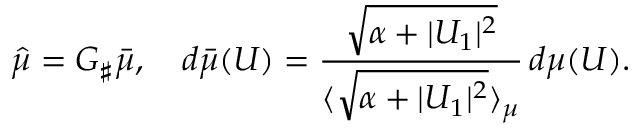
\hat { \mu } = G _ { \sharp } \bar { \mu } , \quad d \bar { \mu } ( U ) = \frac { \sqrt { \alpha + | U _ { 1 } | ^ { 2 } } } { \langle \sqrt { \alpha + | U _ { 1 } | ^ { 2 } } \rangle _ { \mu } } \, d \mu ( U ) .